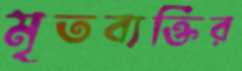
মৃতব্যক্তির